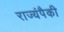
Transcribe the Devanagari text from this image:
राज्यंपैकी